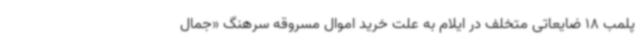
پلمب 18 ضایعاتی متخلف در ایلام به علت خرید اموال مسروقه سرهنگ «جمال